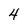
Character: 4